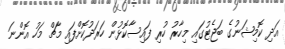
އަދި ކޮމިޝަނުގެ ބަޖެޓުގައި މިހާރު ހުރި ފައިސާކޮޅުން ހަރަދުކޮށްފައި މާޗް މަހު އޮންނަ